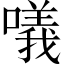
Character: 𠿿